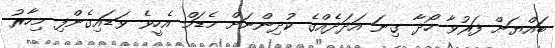
ބައްޔަށް ފަރުވާ ހޯދާ ގިނަ އަދަދެއްގެ ކުދިންނަށް މެޑަމް އެހީވެ ވަޑައިގެންފި މިހާރު